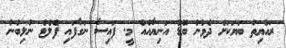
ރައްޔިތު ބަޔަކަށް ދެވުނު ބޮޑު އަނިޔާއެއް މީ. ފައިސާ ނަގާފައި ފްލެޓް ނުލިބުނު